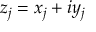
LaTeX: z _ { j } = x _ { j } + i y _ { j }